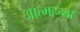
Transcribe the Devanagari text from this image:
आत्महन्ता